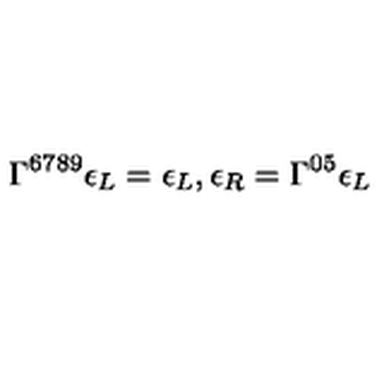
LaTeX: \Gamma ^ { 6 7 8 9 } \epsilon _ { L } = \epsilon _ { L } , \epsilon _ { R } = \Gamma ^ { 0 5 } \epsilon _ { L }